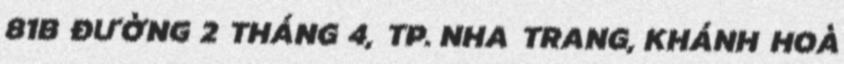
81B ĐƯỜNG 2 THÁNG 4, TP. NHA TRANG, KHÁNH HOÀ